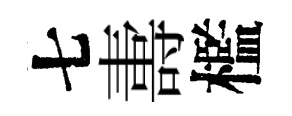
七夀檻